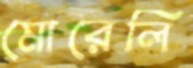
মোরেলি